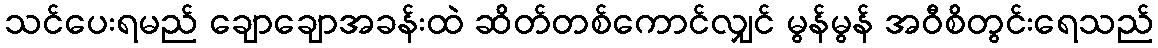
သင်ပေးရမည် ချောချောအခန်းထဲ ဆိတ်တစ်ကောင်လျှင် မွန်မွန် အဝီစိတွင်းရေသည်